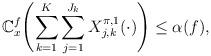
LaTeX: \begin{align*} \mathbb{C}_x^{f} \Biggl( \sum_{k=1}^K \sum_{j=1}^{J_k}X_{j,k}^{\pi,1}(\cdot) \Biggr) \leq\alpha(f),\end{align*}